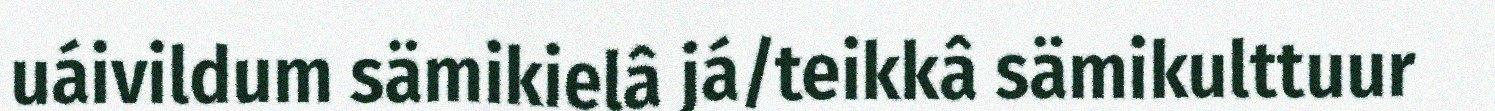
uáivildum sämikielâ já/teikkâ sämikulttuur